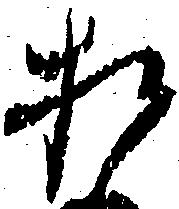
お